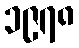
၁၉၇၈